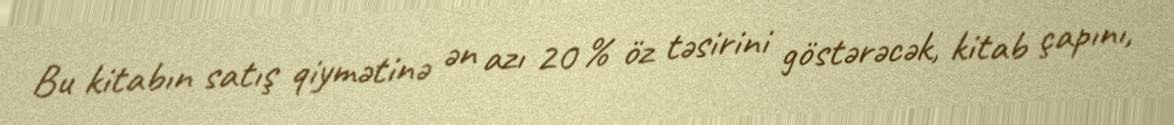
Bu kitabın satış qiymətinə ən azı 20 % öz təsirini göstərəcək, kitab çapını,